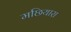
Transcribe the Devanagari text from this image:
मछियारा